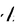
Character: l